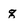
Character: g